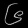
Digit: ၆